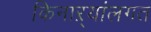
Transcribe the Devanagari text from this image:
किनाऱ्यांलगत